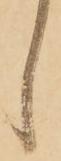
し